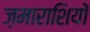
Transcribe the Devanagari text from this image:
ज़माराशियों